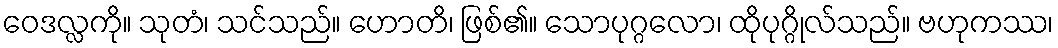
ဝေဒလ္လကို။ သုတံ၊ သင်သည်။ ဟောတိ၊ ဖြစ်၏။ သောပုဂ္ဂလော၊ ထိုပုဂ္ဂိုလ်သည်။ ဗဟုကဿ၊